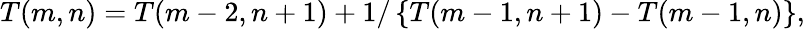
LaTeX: T(m,n)=T(m-2,n+1)+1/\left\{ T(m-1,n+1)-T(m-1,n)\right\} ,